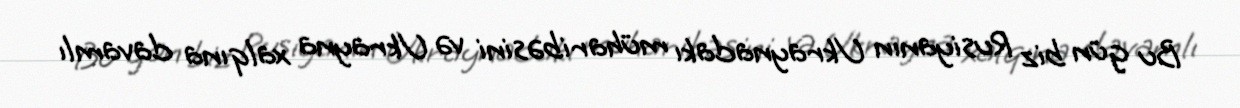
Bu gün biz Rusiyanın Ukraynadakı müharibəsini və Ukrayna xalqına davamlı